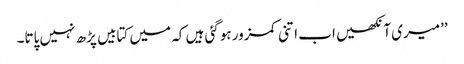
’’میری آنکھیں اب اتنی کمزور ہوگئی ہیں کہ میں کتابیں پڑھ نہیں پاتا۔